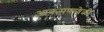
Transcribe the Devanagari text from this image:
आक्रमणावेळी